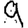
Digit: 9